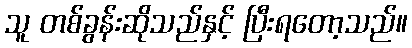
သူ တစ်ခွန်းဆိုသည်နှင့် ပြီးရတော့သည်။